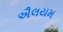
ઐલયમ